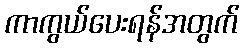
ကာကွယ်ပေးရန်အတွက်